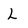
Character: L